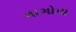
નાગોયા